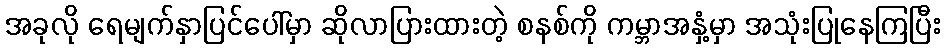
အခုလို ရေမျက်နှာပြင်ပေါ်မှာ ဆိုလာပြားထားတဲ့ စနစ်ကို ကမ္ဘာအနှံ့မှာ အသုံးပြုနေကြပြီး